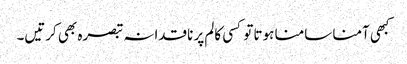
کبھی آمنا سامنا ہوتا تو کسی کالم پر ناقدانہ تبصرہ بھی کرتیں۔